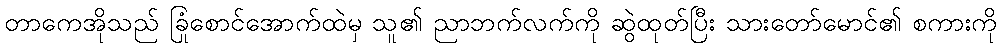
တာကေအိုသည် ခြုံစောင်အောက်ထဲမှ သူ၏ ညာဘက်လက်ကို ဆွဲထုတ်ပြီး သားတော်မောင်၏ စကားကို